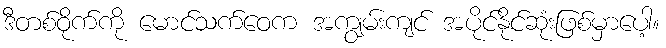
ဒီတစ်ဝိုက်ကို မောင်သက်ဝေက အကျွမ်းကျင် အပိုင်နိုင်ဆုံးဖြစ်မှာပေါ့။